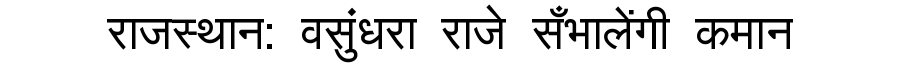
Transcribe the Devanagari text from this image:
राजस्थान: वसुंधरा राजे सँभालेंगी कमान